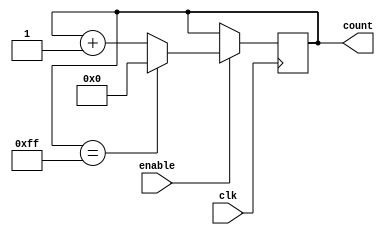
module Binary_Up_Counter_with_Enable (
    input wire clk,
    input wire enable,
    output reg [7:0] count
);

always @(posedge clk) begin
    if(enable) begin
        if(count == 8'hFF) begin
            count <= 8'h00;
        end else begin
            count <= count + 1;
        end
    end
end

endmodule